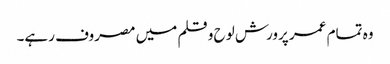
وہ تمام عمر پرورش لوح و قلم میں مصروف رہے۔